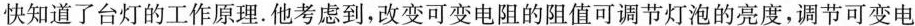
快知道了台灯的工作原理。他考虑到，改变可变电阻的阻值可调节灯泡的亮度，调节可变电